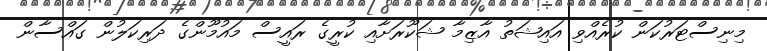
މިނިސްޓަރުކަން ކުރެއްވި އައިޝަތު އާޒިމާ ޝަކޫރަށާއި ކުރީގެ ރައީސް މައުމޫންގެ ދަރިކަލުން ގައްސާން